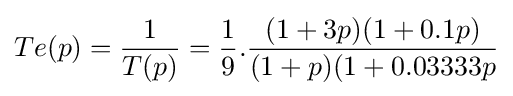
Te(p)={\frac {1}{T(p)}}={\frac {1}{9}}.{\frac {(1+3p)(1+0.1p)}{(1+p)(1+0.03333p}}